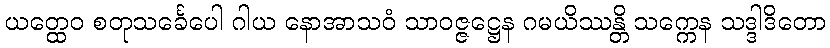
ယတ္ထေဝ စတုသင်္ခေပေါ ဂါယ နောအာသဝံ သာဝဇ္ဇဋ္ဌေန ဂမယိဿန္တိ သက္ကေန သဒ္ဒါဒိတော